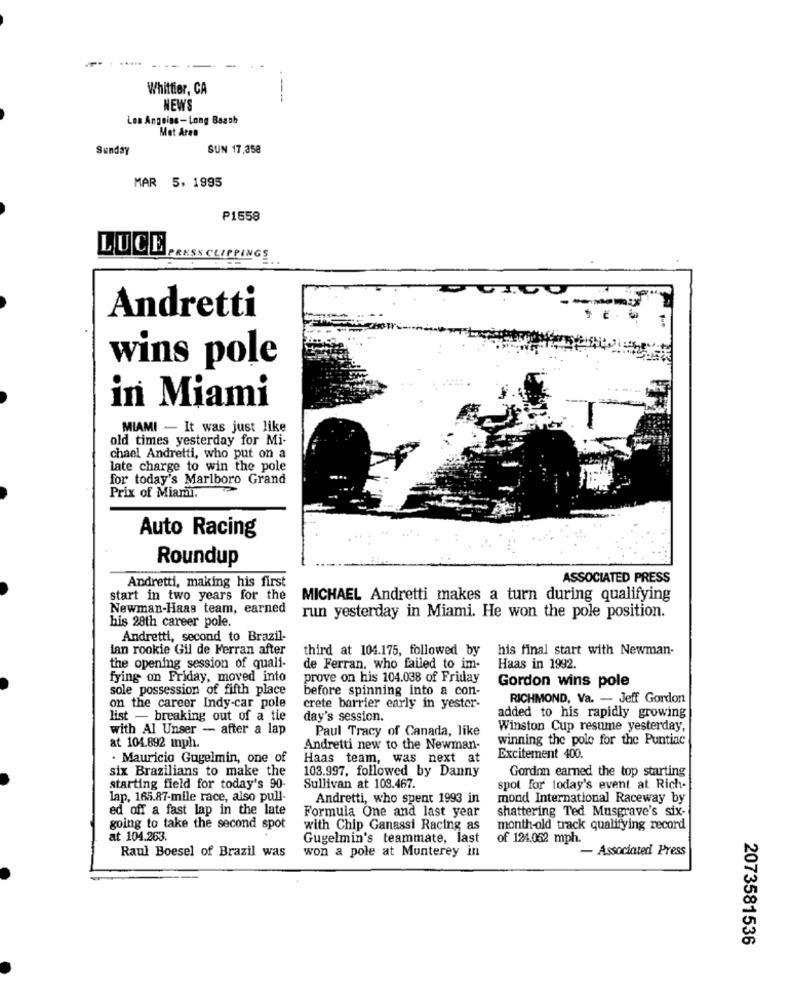
Whittier, CA
--
NEWS
Los Angeins- Long Beach
Mot Area
Sunday
SUN 17,358
MAR 5, 1995
₱1558
LUCE
PRESS CLIPPINGS
Andretti
wins pole
in Miami
MIAMI - It was just like
old times yesterday for Mi-
chael Andretti, who put on a
late charge to win the pole
for today's Marlboro Grand
Prix of Miami.
Auto Racing
Roundup
ASSOCIATED PRESS
Andretti, making his first
start in two years for the
MICHAEL Andretti makes a turn during qualifying
Newman-Haas team, earned
his 28th career pole.
run yesterday in Miami. He won the pole position.
Andretti, second to Brazil-
ian rookie Gil de Ferran after
third at 104.175, followed by
his final start with Newman-
the opening session of quali-
de Ferran, who failed to im-
Haas in 1992.
fying on Friday, moved into
prove on his 104.038 of Friday
Gordon wins pole
sole possession of fifth place
before spinning into a con-
RICHMOND, Va. - Jeff Gordon
on the career Indy-car pole
crete barrier early in yester-
list - breaking out of a tie
day's session.
added to his rapidly growing
with Al Unser - after a lap
Paul Tracy of Canada, like
Winston Cup resume yesterday,
at 104.892 mph.
winning the pole for the Puntiac
Andretti new to the Newman-
. Mauricio Gugelmin, one of
Haas team, was next at
Excitement 400.
six Brazilians to make the
103.997, followed by Danny
Gordon earned the top starting
starting field for today's 90-
Sullivan at 108.467.
spot for today's event at Rich-
lap, 165.87-mile race, also pull-
Andretti, who spent 1993 in
mond International Raceway by
ed off a fast lap in the late
Formula One and last year
shattering Ted Musgrave's six-
going to take the second spot
with Chip Ganassi Racing as
month-old track qualifying record
at 104.263.
Gugelmin's teammate, last
of 124.052 mph.
Raul Boesel of Brazil was
won a pole at Monterey in
- Associated Press
2073581536